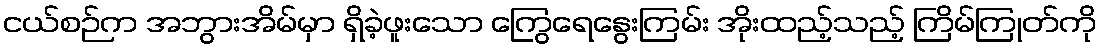
ငယ်စဉ်က အဘွားအိမ်မှာ ရှိခဲ့ဖူးသော ကြွေရေနွေးကြမ်း အိုးထည့်သည့် ကြိမ်ကြုတ်ကို